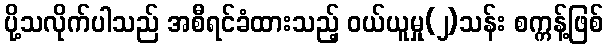
ပို့သလိုက်ပါသည် အစီရင်ခံထားသည့် ဝယ်ယူမှု(၂)သန်း စက္ကန့်ဖြစ်